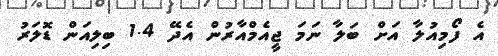
އެ ފޯމިއުލާ އަށް ބަލާ ނަމަ ޖީއެމްއާރުން އެދޭ 1.4 ބިލިއަން ޑޮލަރު